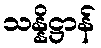
သန္နိဋ္ဌာန်